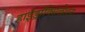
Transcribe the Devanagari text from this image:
हाईड्रॉक्सिलेशन